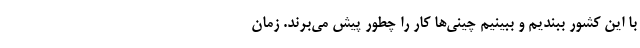
با این کشور ببندیم و ببینیم چینی‌ها کار را چطور پیش می‌برند. زمان